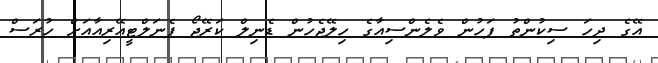
އޭގެ ދިހަ ސިކުންތު ފަހުން ވެލެންސިއާގެ ހިލޭޖެހުން ޑެނިލް ކަރޭޖޯ ޕެނަލްޓީއޭރިއާއަށް ހުރަސް